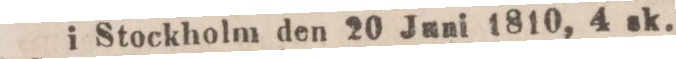
i Stockholm den 20 Juni 1810, 4 sk.